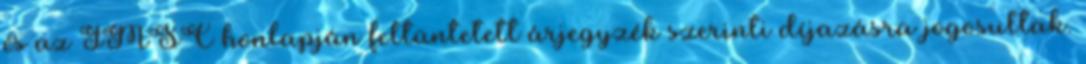
és az IMSC honlapján feltüntetett árjegyzék szerinti díjazásra jogosultak.